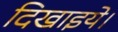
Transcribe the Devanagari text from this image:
दिखाइये।